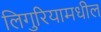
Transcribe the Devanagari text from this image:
लिगुरियामधील